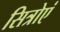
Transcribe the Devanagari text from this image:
सित्रोएं